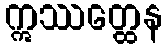
ဣဿတ္ထေန